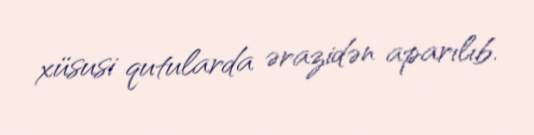
xüsusi qutularda ərazidən aparılıb.